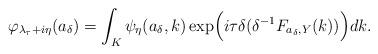
LaTeX: \begin{align*} \varphi_{\lambda_\tau+i\eta}(a_\delta) = \int_K \psi_\eta(a_\delta,k) \exp\Bigl(i\tau\delta (\delta^{-1}F_{a_\delta,Y}(k))\Bigr) dk. \end{align*}